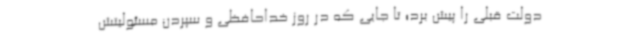
دولت قبلی را پیش برد؛ تا جایی که در روز خداحافظی و سپردن مسئولیتش